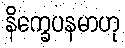
နိက္ခေပနမာဟု